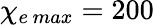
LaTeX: \chi_{e\, max}=200